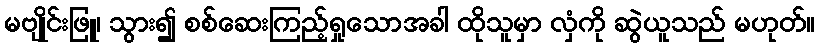
မဗျိုင်းဖြူ၊ သွား၍ စစ်ဆေးကြည့်ရှုသောအခါ ထိုသူမှာ လှံကို ဆွဲယူသည် မဟုတ်။